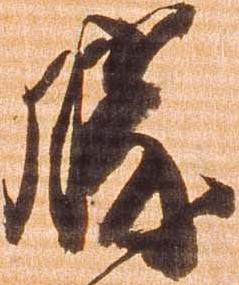
勝